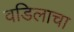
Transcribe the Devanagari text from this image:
वडिलाचा